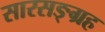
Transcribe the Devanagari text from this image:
सारसङ्ग्रह